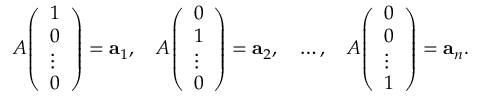
A { \left( \begin{array} { l } { 1 } \\ { 0 } \\ { \vdots } \\ { 0 } \end{array} \right) } = \mathbf { a } _ { 1 } , \quad A { \left( \begin{array} { l } { 0 } \\ { 1 } \\ { \vdots } \\ { 0 } \end{array} \right) } = \mathbf { a } _ { 2 } , \quad \ldots , \quad A { \left( \begin{array} { l } { 0 } \\ { 0 } \\ { \vdots } \\ { 1 } \end{array} \right) } = \mathbf { a } _ { n } .